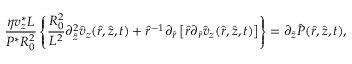
\frac { \eta v _ { z } ^ { * } L } { P ^ { * } R _ { 0 } ^ { 2 } } \left\{ \frac { R _ { 0 } ^ { 2 } } { L ^ { 2 } } \partial _ { \hat { z } } ^ { 2 } \hat { v } _ { z } ( \hat { r } , \hat { z } , t ) + \hat { r } ^ { - 1 } \partial _ { \hat { r } } \left[ \hat { r } \partial _ { \hat { r } } \hat { v } _ { z } ( \hat { r } , \hat { z } , t ) \right] \right\} = \partial _ { \hat { z } } \hat { P } ( \hat { r } , \hat { z } , t ) ,